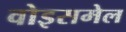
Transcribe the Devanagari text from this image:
वोइसमेल